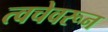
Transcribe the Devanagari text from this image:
त्वचेवरून